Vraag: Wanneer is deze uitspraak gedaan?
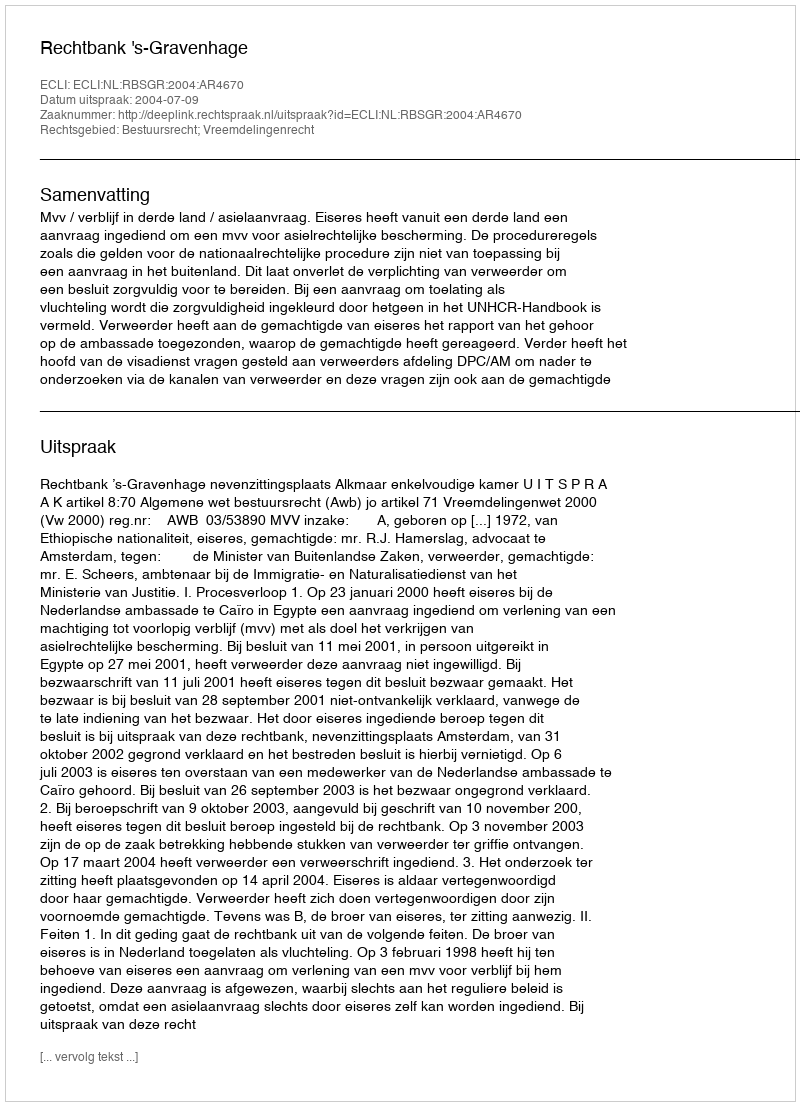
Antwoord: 2004-07-09